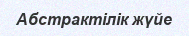
Абстрактілік жүйе